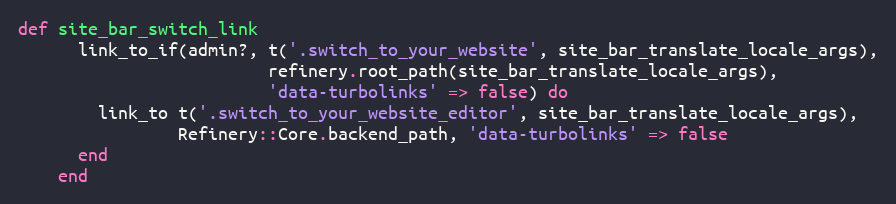
Language: Ruby
def site_bar_switch_link
      link_to_if(admin?, t('.switch_to_your_website', site_bar_translate_locale_args),
                         refinery.root_path(site_bar_translate_locale_args),
                         'data-turbolinks' => false) do
        link_to t('.switch_to_your_website_editor', site_bar_translate_locale_args),
                Refinery::Core.backend_path, 'data-turbolinks' => false
      end
    end